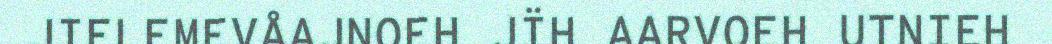
JIELEMEVÅAJNOEH JÏH AARVOEH UTNIEH